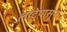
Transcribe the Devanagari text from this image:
लाटेपासून